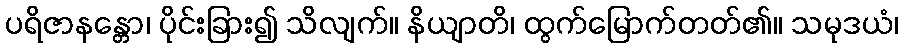
ပရိဇာနန္တော၊ ပိုင်းခြား၍ သိလျက်။ နိယျာတိ၊ ထွက်မြောက်တတ်၏။ သမုဒယံ၊